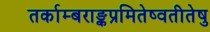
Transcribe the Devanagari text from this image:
तर्काम्बराङ्कप्रमितेष्वतीतेषु